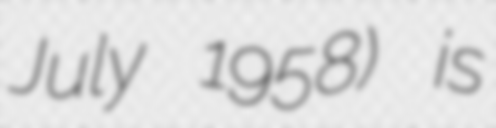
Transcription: July 1958) is